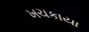
ખચકાયા